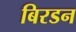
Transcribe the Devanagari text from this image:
बिरडन